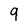
Character: 9